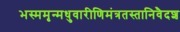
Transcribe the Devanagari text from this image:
भस्ममृन्मधुवारीणिमंत्रतस्तानिवैदश